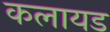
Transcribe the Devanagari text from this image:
कलायड